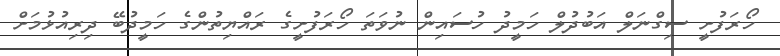
ހޯރަފުށީ ސިގްނަލް އަބުދުލް ހަމީދު ހުސައިން ނުވަތަ ހޯރަފުށީގެ ރައްޔިތުންގެ ހަމީދުބޭ ދިރިއުޅުމަށް